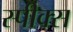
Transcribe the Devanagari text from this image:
स्पीक्स